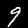
Label: 9